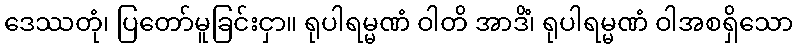
ဒေဿတုံ၊ ပြတော်မူခြင်းငှာ။ ရုပါရမ္မဏံ ဝါတိ အာဒိံ၊ ရုပါရမ္မဏံ ဝါအစရှိသော